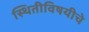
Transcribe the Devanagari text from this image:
स्थितीविषयीचे